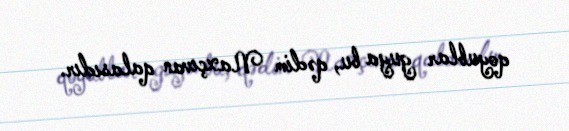
qoyublar guya bu, qədim Naxçıvan qalasıdır.